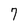
Character: 7